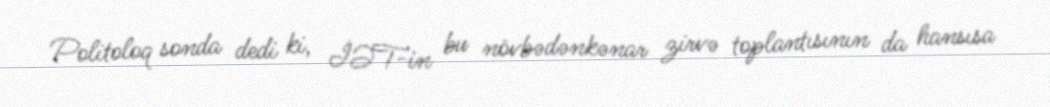
Politoloq sonda dedi ki, İƏT-in bu növbədənkənar zirvə toplantısının da hansısa